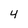
Character: 4